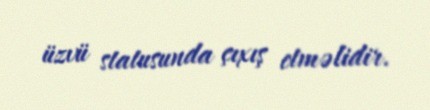
üzvü statusunda çıxış etməlidir.